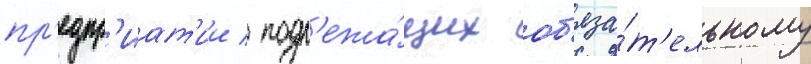
пр'едпр'иат'ии / подл'ежа́щих об'яза́т'ельному